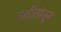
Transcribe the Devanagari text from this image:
लळीतांतून